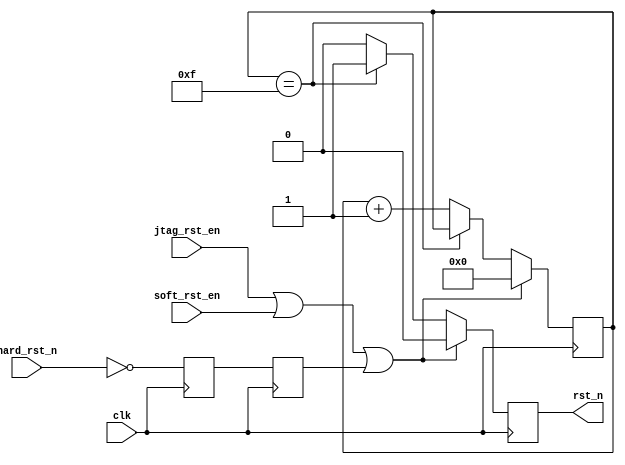
// This program was cloned from: https://github.com/xiaowuzxc/SparrowRV
// License: MIT License

module rstc (
    input wire clk,
    input wire hard_rst_n,  //
    input wire soft_rst_en, //
    input wire jtag_rst_en, //JTAG
    output reg rst_n
);
reg [3:0] sys_rst_cnt = 4'h0;//
reg hard_rst_r,hard_rst_en;

//
always @(posedge clk) begin
    hard_rst_r <= ~hard_rst_n;
    hard_rst_en <= hard_rst_r;
    if (jtag_rst_en | soft_rst_en | hard_rst_en) begin//
        sys_rst_cnt <= 4'h0;
        rst_n <= 1'b0;
    end
    else begin//
        if(sys_rst_cnt == 4'hF) begin//
            sys_rst_cnt <= sys_rst_cnt;
            rst_n <= 1'b1;
        end
        else begin//
            sys_rst_cnt <= sys_rst_cnt + 1;
            rst_n <= 1'b0;
        end
    end
end

endmodule